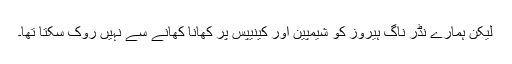
لیکن ہمارے نڈر ناگ ہیروز کو شیمپین اور کینیپس پر کھانا کھانے سے نہیں روک سکتا تھا۔